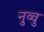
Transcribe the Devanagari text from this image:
नुव्वु